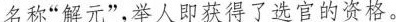
名称”解元”，举人即获得了选官的资格。